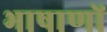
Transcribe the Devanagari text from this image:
भाषाणों